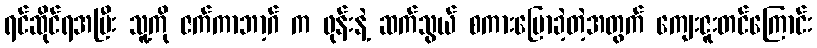
ရင်ဆိုင်ရအပြီး သူ့ကို ဇက်ကာဘာ့ဂ် က ဖုန်းနဲ့ ဆက်သွယ် စကားပြောခဲ့တဲ့အတွက် ကျေးဇူးတင်ကြောင်း